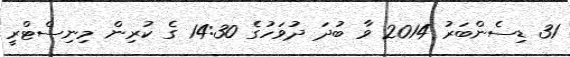
31 ޑިސެންބަރު 2014 ވާ ބުދަ ދުވަހުގެ 14:30 ގެ ކުރިން މިނިސްޓްރީ